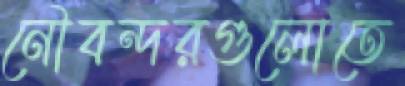
নৌবন্দরগুলোতে